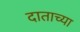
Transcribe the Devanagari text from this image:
दाताच्या